DOW-UAP-D48, Department of the Air Force Report, 1996
Agency: Department of War
Incident date: 9/10/96
Page 64
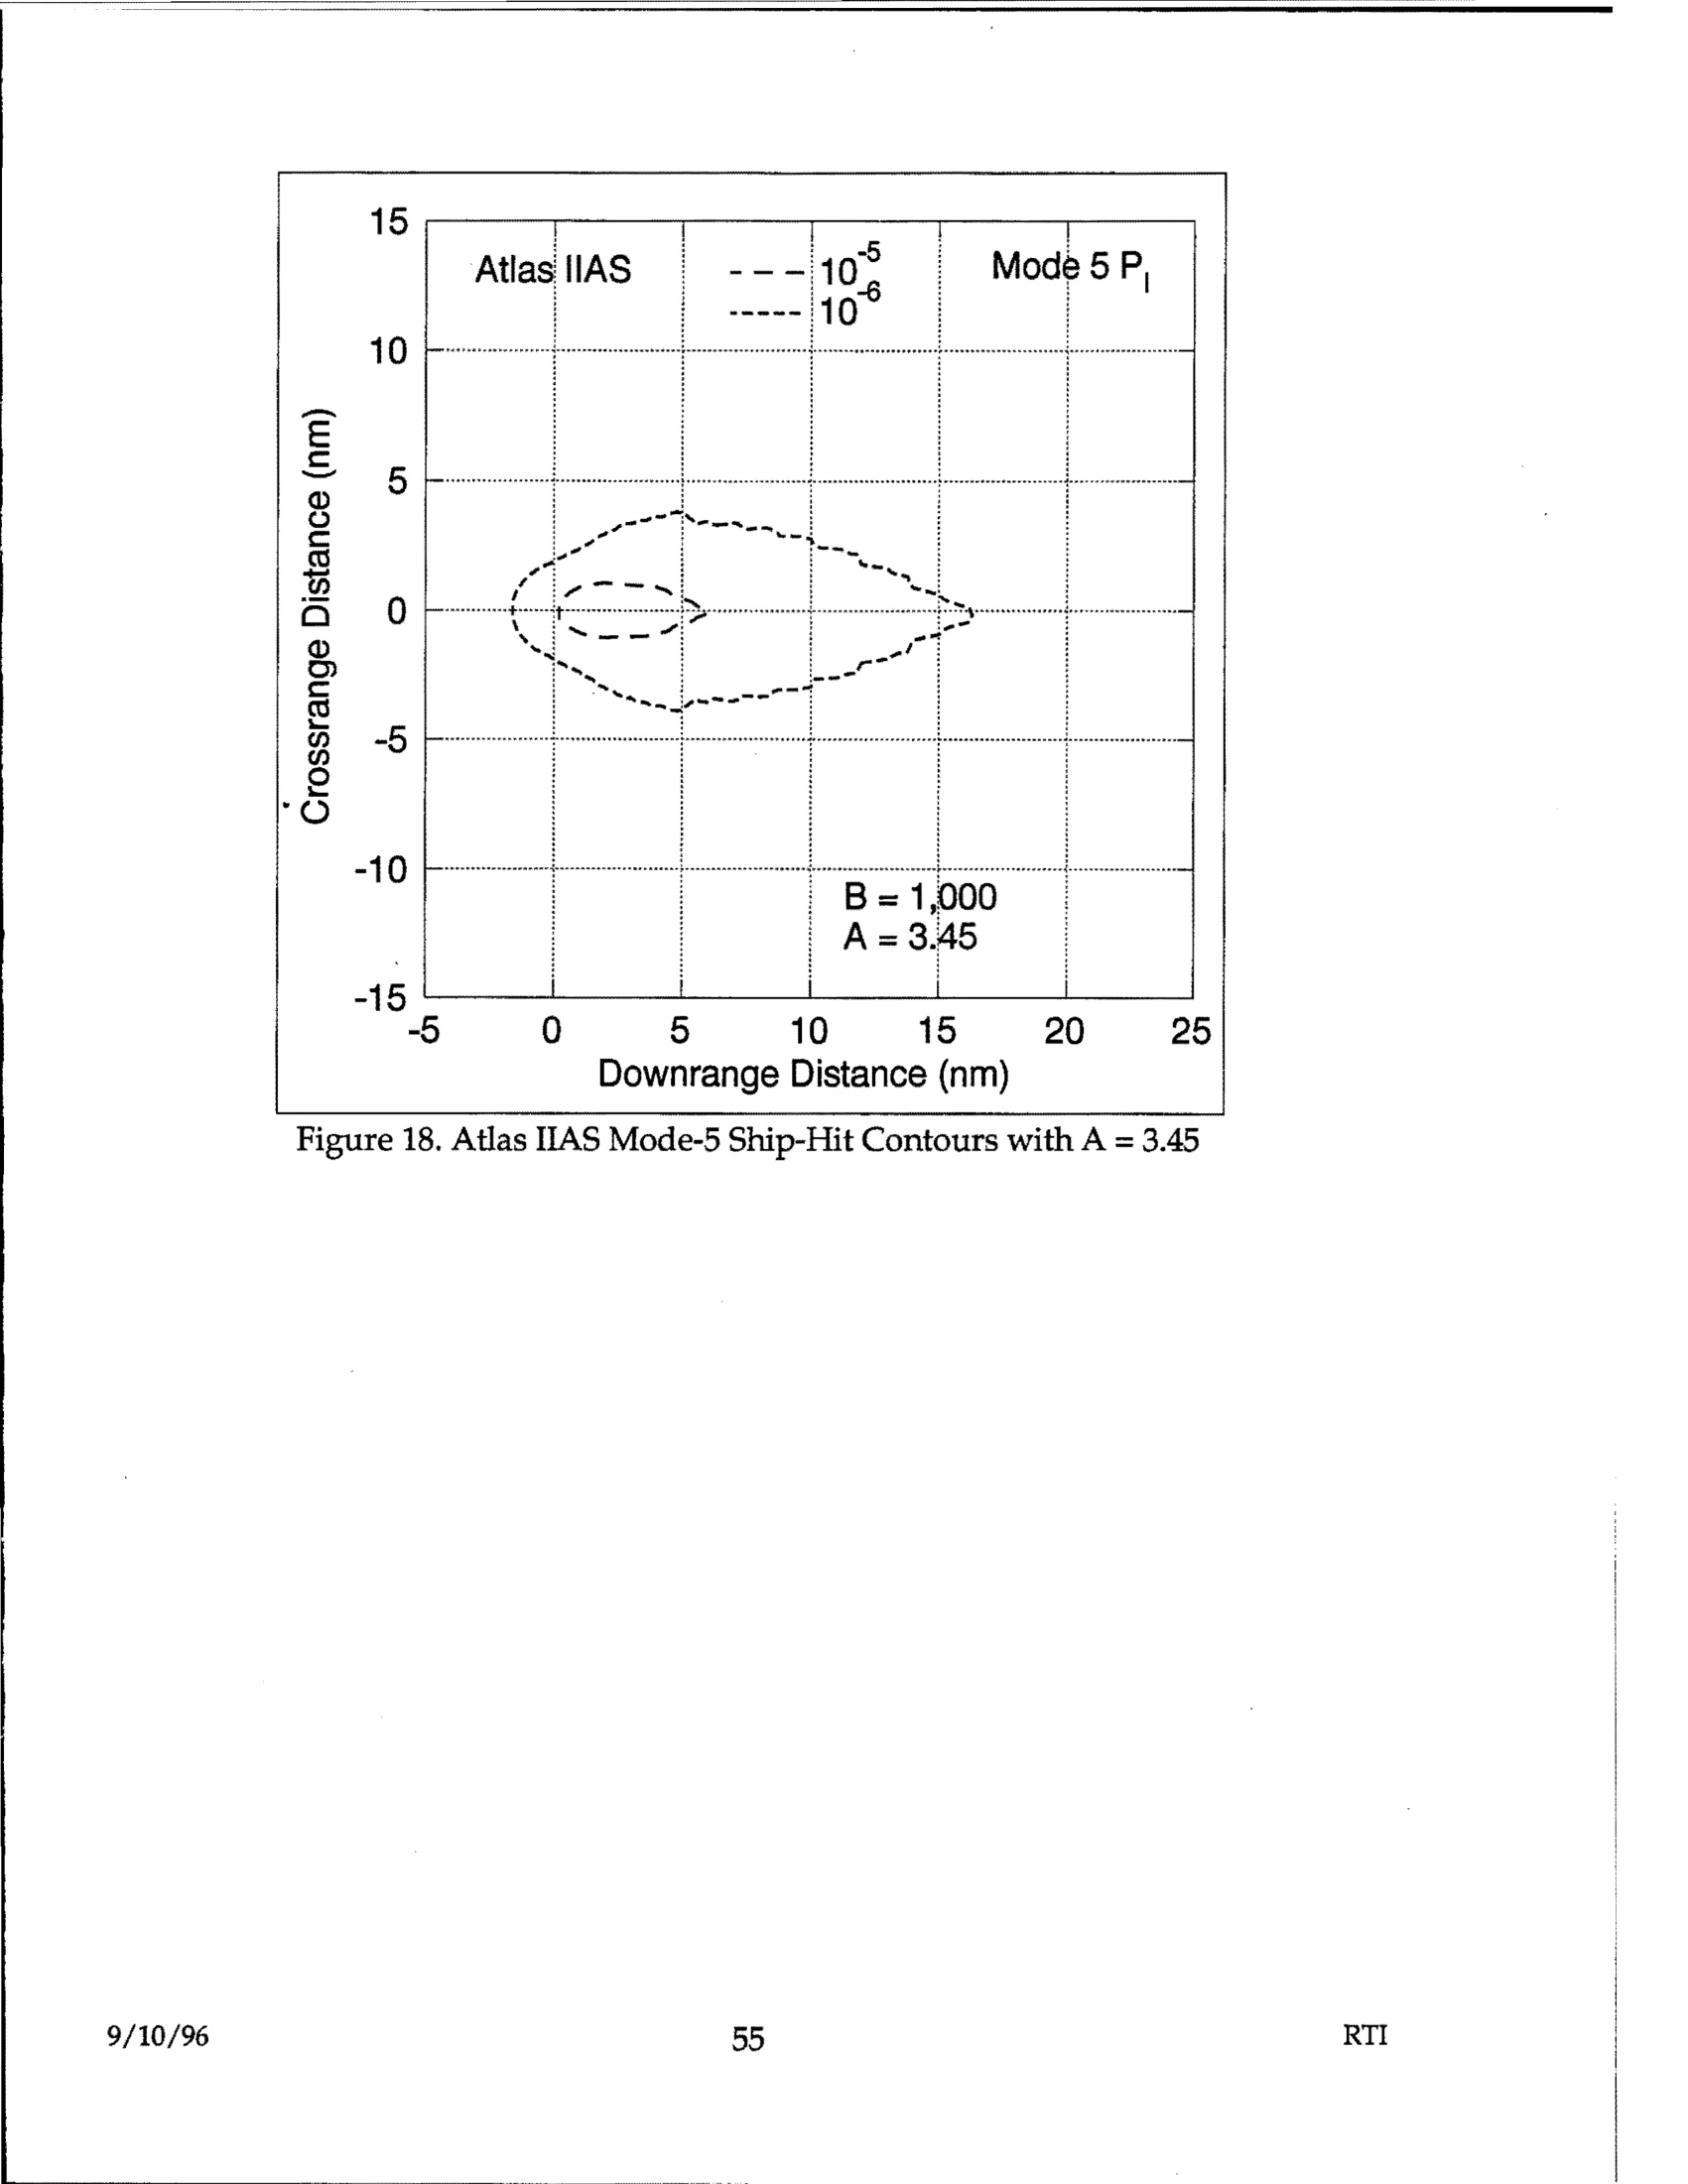